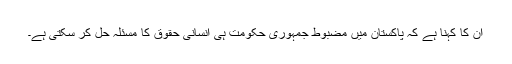
اْن کا کہنا ہے کہ پاکستان میں مضبوط جمہوری حکومت ہی انسانی حقوق کا مسئلہ حل کر سکتی ہے۔